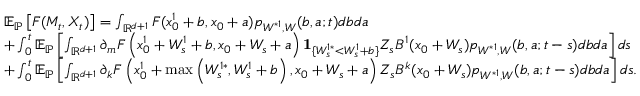
\begin{array} { r l } & { { \mathbb E } _ { \mathbb { P } } \left[ F ( M _ { t } , X _ { t } ) \right] = \int _ { { \mathbb R } ^ { d + 1 } } F ( x _ { 0 } ^ { 1 } + b , x _ { 0 } + a ) p _ { W ^ { * 1 } , W } ( b , a ; t ) d b d a } \\ & { + \int _ { 0 } ^ { t } { \mathbb E } _ { \mathbb { P } } \left[ \int _ { { \mathbb R } ^ { d + 1 } } \partial _ { m } F \left( x _ { 0 } ^ { 1 } + W _ { s } ^ { 1 } + b , x _ { 0 } + W _ { s } + a \right) { \mathbf 1 } _ { \{ W _ { s } ^ { 1 * } < W _ { s } ^ { 1 } + b \} } Z _ { s } B ^ { 1 } ( x _ { 0 } + W _ { s } ) p _ { W ^ { * 1 } , W } ( b , a ; t - s ) d b d a \right] d s } \\ & { + \int _ { 0 } ^ { t } { \mathbb E } _ { \mathbb { P } } \left[ \int _ { { \mathbb R } ^ { d + 1 } } { \partial _ { k } } F \left( x _ { 0 } ^ { 1 } + \operatorname* { m a x } \left( W _ { s } ^ { 1 * } , W _ { s } ^ { 1 } + b \right) , x _ { 0 } + W _ { s } + a \right) Z _ { s } B ^ { k } ( x _ { 0 } + W _ { s } ) p _ { W ^ { * 1 } , W } ( b , a ; t - s ) d b d a \right] d s . } \end{array}